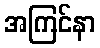
အကြင်နာ